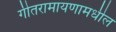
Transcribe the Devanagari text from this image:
गीतरामायणामधील